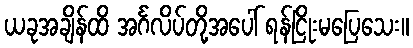
ယခုအချိန်ထိ အင်္ဂလိပ်တို့အပေါ် ရန်ငြိုးမပြေသေး။